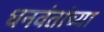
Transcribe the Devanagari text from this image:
धनवंतांच्या